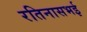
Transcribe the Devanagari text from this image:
रतिनासभई